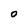
Character: O